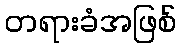
တရားခံအဖြစ်